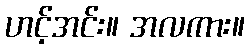
ဟင့်အင်း။ အလကား။